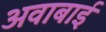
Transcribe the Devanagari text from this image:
अवाबाई